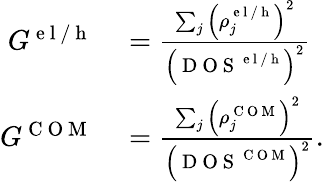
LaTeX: \begin{array}{rl}{G^{\mathrm{~e~l~/~h~}}}&{{}=\frac{\sum_{j}\left(\rho_{j}^{\mathrm{~e~l~/~h~}}\right)^{2}}{\left(\mathrm{~D~O~S~}^{\mathrm{~e~l~/~h~}}\right)^{2}}}\\ {G^{\mathrm{~C~O~M~}}}&{{}=\frac{\sum_{j}\left(\rho_{j}^{\mathrm{~C~O~M~}}\right)^{2}}{\left(\mathrm{~D~O~S~}^{\mathrm{~C~O~M~}}\right)^{2}}.}\end{array}